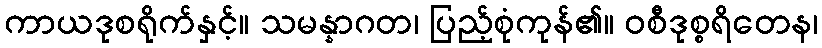
ကာယဒုစရိုက်နှင့်။ သမန္နာဂတ၊ ပြည့်စုံကုန်၏။ ဝစီဒုစ္စရိတေန၊